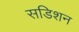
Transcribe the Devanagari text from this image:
सडिशन